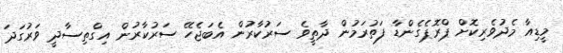
މީޑިއާ މެދުވެރިކޮށް ޕްރޮޕެގެންޑާ ފަތުރަމުން ދާތީވެ ސަރުކާރުން އެބަޖެހޭ ސަރުކާރުން އިގްތިސާދީ ވަރުގަދަ